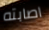
اصابته